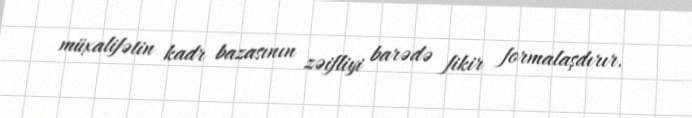
müxalifətin kadr bazasının zəifliyi barədə fikir formalaşdırır.